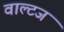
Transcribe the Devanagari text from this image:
वाल्टज